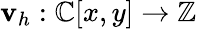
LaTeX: \mathbf{v}_{h}:\mathbb{{C}}[x,y]\to\mathbb{{Z}}